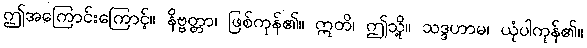
ဤအကြောင်းကြောင့်။ နိဗ္ဗတ္တာ၊ ဖြစ်ကုန်၏။ ဣတိ၊ ဤသို့။ သဒ္ဒဟာမ၊ ယုံပါကုန်၏။